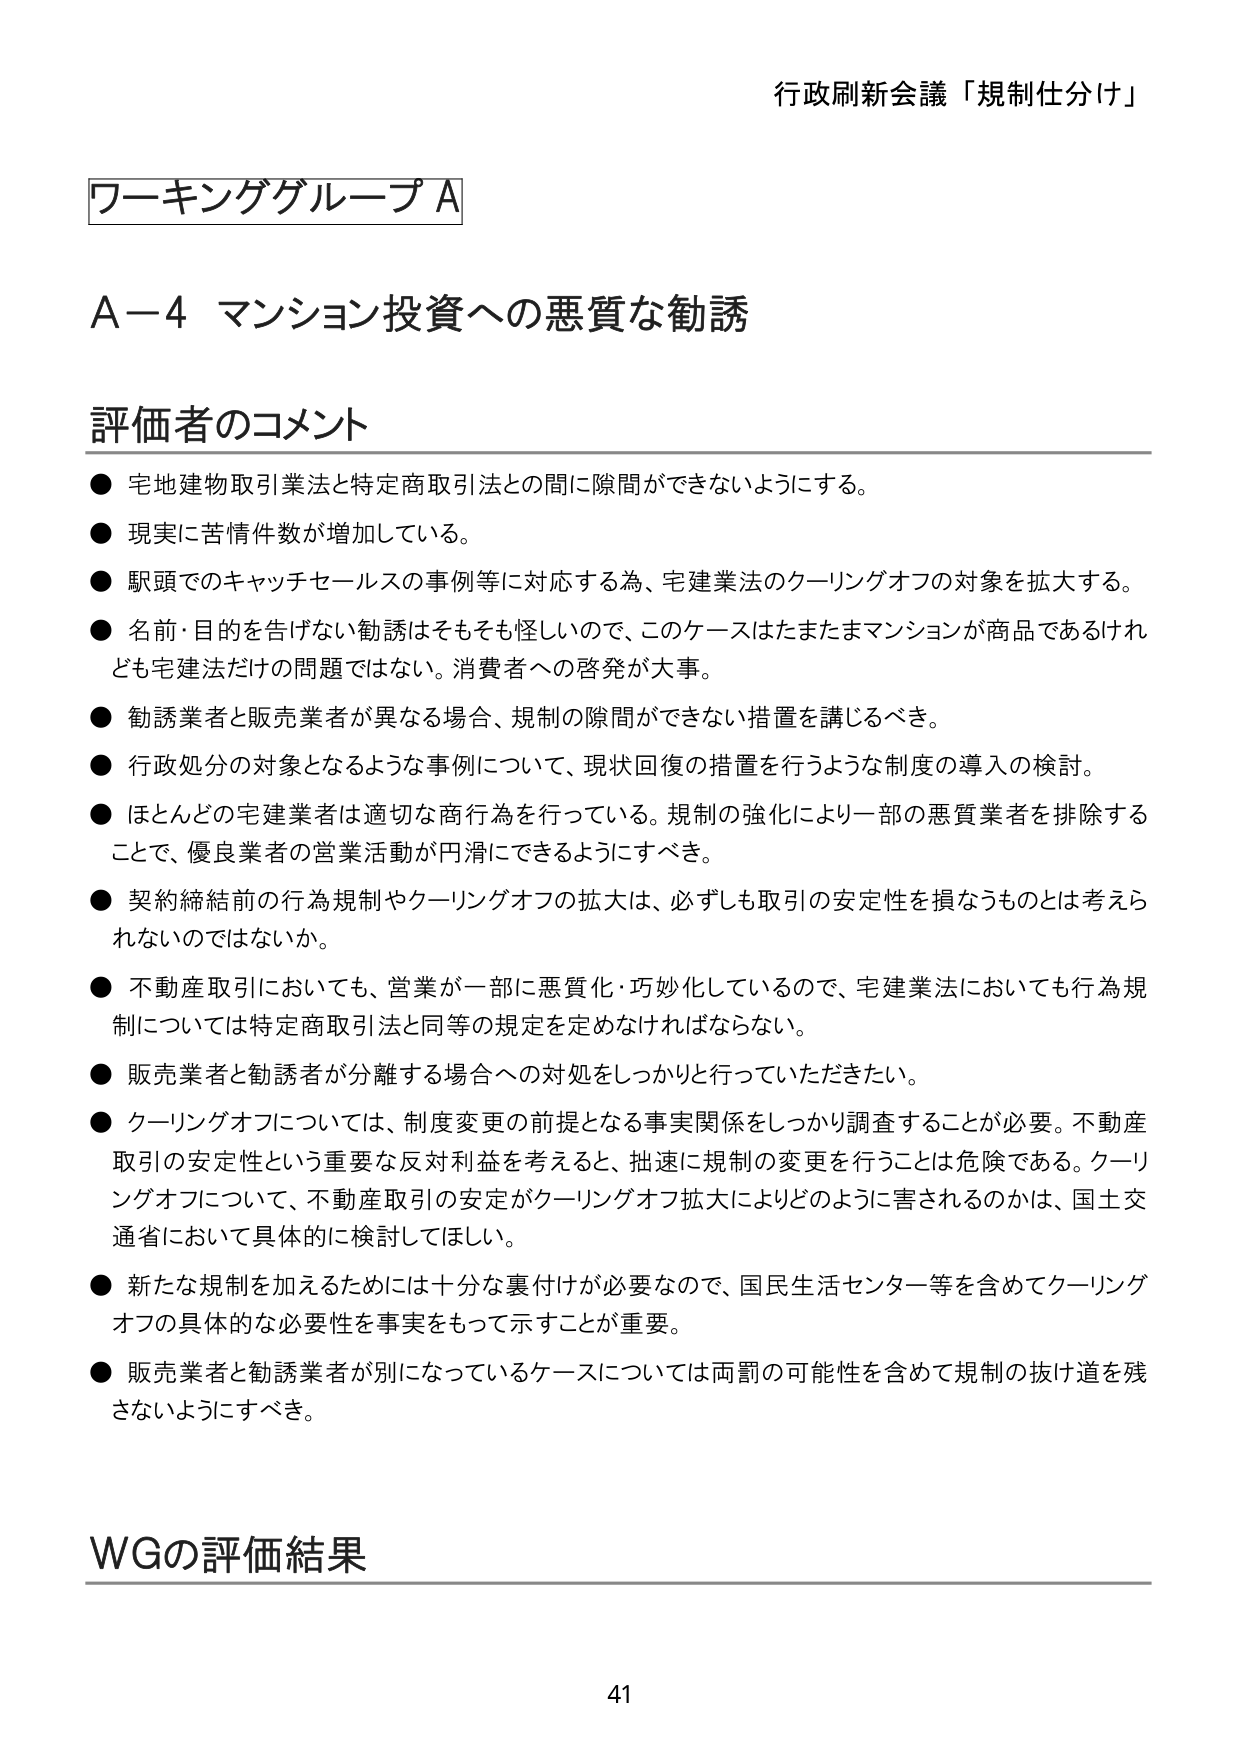
行政刷新会議「規制仕分け」

ワーキンググループA

A－4 マンション投資への悪質な勧誘

評価者のコメント
● 宅地建物取引業法と特定商取引法との間に隙間ができないようにする。
● 現実に苦情件数が増加している。
● 駅頭でのキャッチセールスの事例等に対応する為、宅建業法のクーリングオフの対象を拡大する。
● 名前・目的を告げない勧誘はそもそも怪しいので、このケースはたまたまマンションが商品であるけれども宅建法だけの問題ではない。消費者への啓発が大事。
● 勧誘業者と販売業者が異なる場合、規制の隙間ができない措置を講じるべき。
● 行政処分の対象となるような事例について、現状回復の措置を行うような制度の導入の検討。
● ほとんどの宅建業者は適切な商行為を行っている。規制の強化により一部の悪質業者を排除することで、優良業者の営業活動が円滑にできるようにすべき。
● 契約締結前の行為規制やクーリングオフの拡大は、必ずしも取引の安定性を損なうものとは考えられないのではないか。
● 不動産取引においても、営業が一部に悪質化・巧妙化しているので、宅建業法においても行為規制については特定商取引法と同等の規定を定めなければならない。
● 販売業者と勧誘者が分離する場合への対処をしっかり行っていただきたい。
● クーリングオフについては、制度変更の前提となる事実関係をしっかり調査することが必要。不動産取引の安定性という重要な反対利益を考えると、拙速に規制の変更を行うことは危険である。クーリングオフについて、不動産取引の安定がクーリングオフ拡大によりどのように害されるのかは、国土交通省において具体的に検討してほしい。
● 新たな規制を加えるためには十分な裏付けが必要なので、国民生活センター等を含めてクーリングオフの具体的な必要性を事実をもって示すことが重要。
● 販売業者と勧誘業者が別になっているケースについては両罰の可能性を含めて規制の抜け道を残さないようにすべき。

WGの評価結果

41